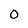
Character: o